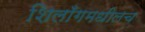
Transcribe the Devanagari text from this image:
शिलाँगमधीलच